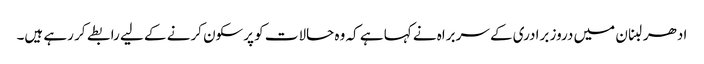
ادھر لبنان میں دروز برادری کے سربراہ نے کہا ہے کہ وہ حالات کو پرسکون کرنے کے لیے رابطے کر رہے ہیں۔